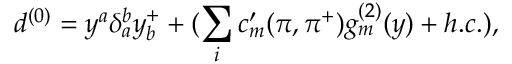
d ^ { ( 0 ) } = y ^ { a } \delta _ { a } ^ { b } y _ { b } ^ { + } + ( \sum _ { i } c _ { m } ^ { \prime } ( \pi , \pi ^ { + } ) g _ { m } ^ { ( 2 ) } ( y ) + h . c . ) ,